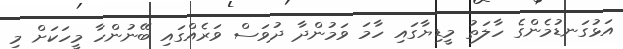
އަޅުގަނޑުމެންގެ ހާލަތު މީޑިޔާގައި ހާމަ ވަމުންދާ ދުވަސް ވަރެއްގައި ބޭނުންހާ މީހަކަށް މި